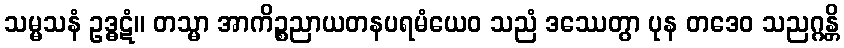
သမ္မသနံ ဥဒ္ဓဋံ။ တသ္မာ အာကိဉ္စညာယတနပရမံယေဝ သညံ ဒဿေတွာ ပုန တဒေဝ သညဂ္ဂန္တိ